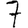
Digit: 7